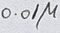
Text: 0.01µ